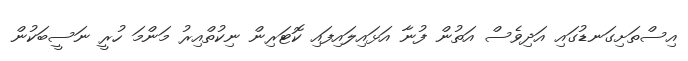
އިސްތަށިގަނޑުގައި އަދިވެސް އަތުން ފުނާ އަޅައިލައިފައި ކޮޓަރިން ނިކުތްއިރު މަންމަ ހުރީ ނަސީބަކުން